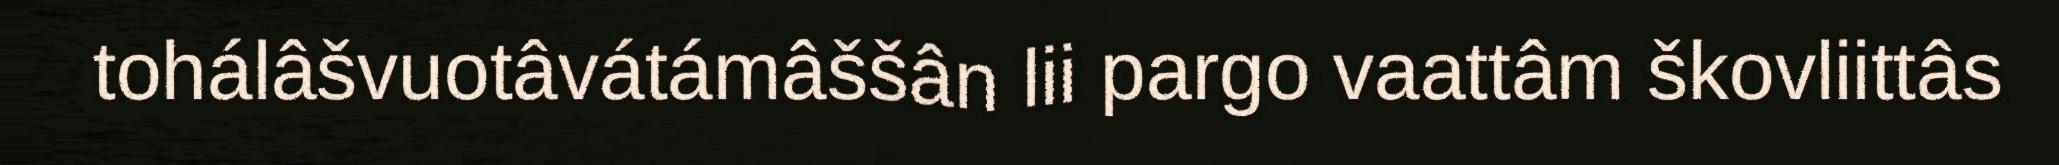
tohálâšvuotâvátámâššân lii pargo vaattâm škovliittâs